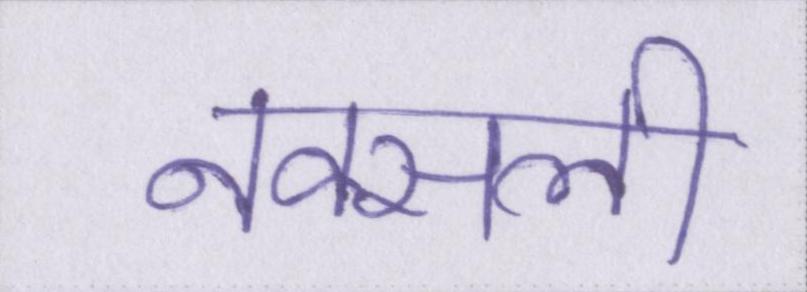
नक्सली